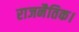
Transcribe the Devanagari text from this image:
राजनैतिक।